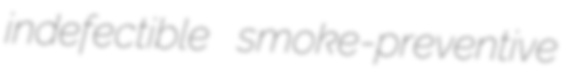
indefectible smoke-preventive